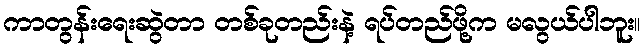
ကာတွန်းရေးဆွဲတာ တစ်ခုတည်းနဲ့ ရပ်တည်ဖို့က မလွယ်ပါဘူး။